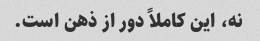
نه، این کاملاً دور از ذهن است.